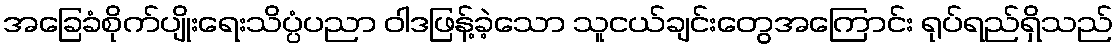
အခြေခံစိုက်ပျိုးရေးသိပ္ပံပညာ ဝါဒဖြန့်ခဲ့သော သူငယ်ချင်းတွေအကြောင်း ရုပ်ရည်ရှိသည်